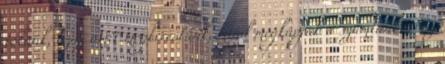
tőlünk, azaz amit megkerestünk, mind megkapjuk a számlánkra Ez